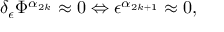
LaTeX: \delta _ { \epsilon } \Phi ^ { \alpha _ { 2 k } } \approx 0 \Leftrightarrow \epsilon ^ { \alpha _ { 2 k + 1 } } \approx 0 ,